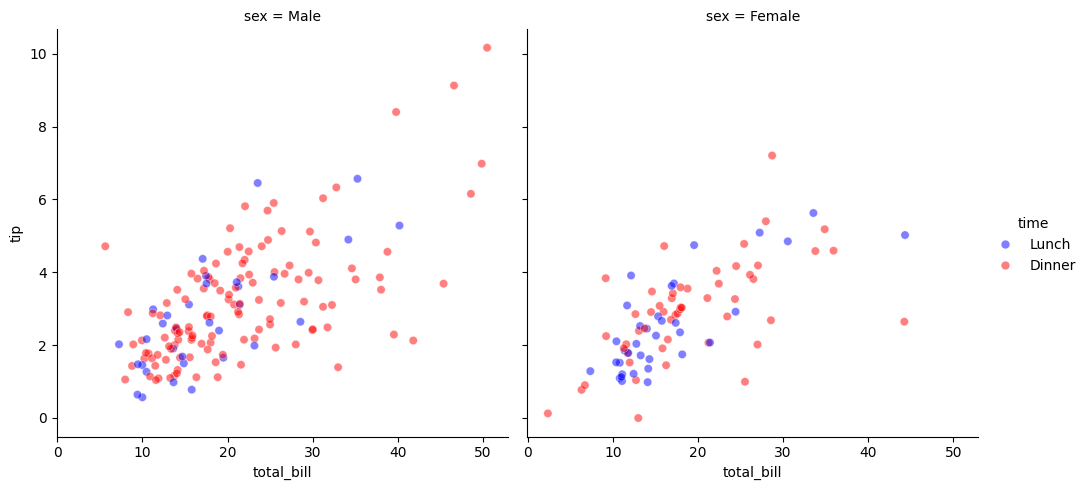
python, seaborn, relplot, alpha=0.5